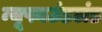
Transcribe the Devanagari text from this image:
न्यूफाउंडलंड